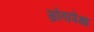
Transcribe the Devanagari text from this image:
स्रोतापेक्षा